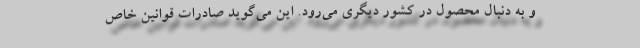
و به دنبال محصول در کشور دیگری می‌رود. این می‌گوید صادرات قوانین خاص